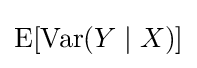
\operatorname {E} [\operatorname {Var} (Y\mid X)]